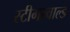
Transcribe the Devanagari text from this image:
स्टीगरवाल्ड